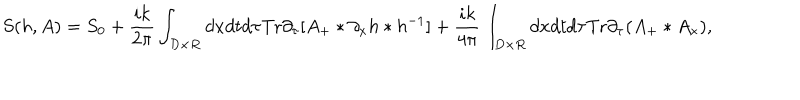
LaTeX: S ( h , A ) = S _ { 0 } + \frac { i k } { 2 \pi } \int _ { D \times R } d x d t d \tau \mathrm { T r } \partial _ { \tau } [ A _ { + } * \partial _ { x } h * h ^ { - 1 } ] + \frac { i k } { 4 \pi } \int _ { D \times R } d x d t d \tau \mathrm { T r } \partial _ { \tau } ( A _ { + } * A _ { x } ) ,